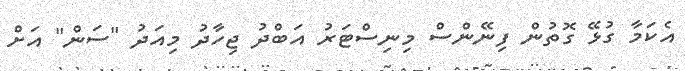
އެކަމާ ގުޅޭ ގޮތުން ފިނޭންސް މިނިސްޓަރު އަބްދު ޖިހާދު މިއަދު "ސަން" އަށް